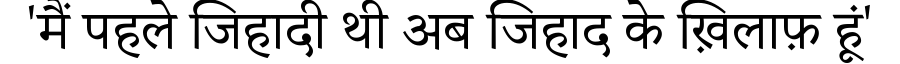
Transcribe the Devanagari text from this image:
'मैं पहले जिहादी थी अब जिहाद के ख़िलाफ़ हूं'